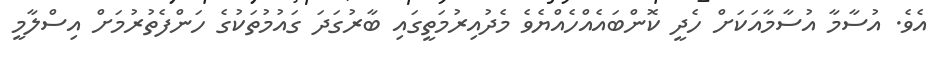
އެވެ. އުސާމާ އުސާމާއަކަށް ހެދީ ކޮންބައެއްހެއްޔެވެ މެދުއިރުމަތީގައި ބާރުގަދަ ގައުމުތަކުގެ ހަންފެތުރުމަށް އިސްލާމީ